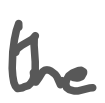
Text: the
Cross-out: clean
Writing tool: digital_gray